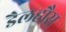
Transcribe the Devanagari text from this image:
डैलहौस